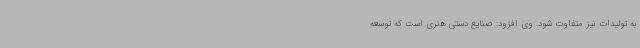
به تولیدات نیز متفاوت شود. وی افزود: صنایع دستی هنری است که توسعه